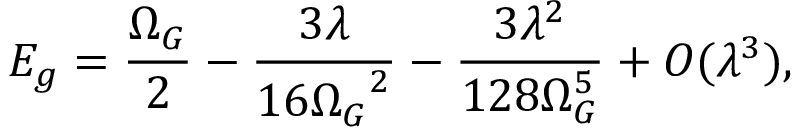
E _ { g } = \frac { \Omega _ { G } } { 2 } - \frac { 3 \lambda } { 1 6 { \Omega _ { G } } ^ { 2 } } - \frac { 3 \lambda ^ { 2 } } { 1 2 8 \Omega _ { G } ^ { 5 } } + { \cal O } ( \lambda ^ { 3 } ) ,